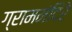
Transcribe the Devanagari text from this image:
ग्राममंदिरे